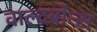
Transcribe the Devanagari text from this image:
वाल्द्रबोन्स